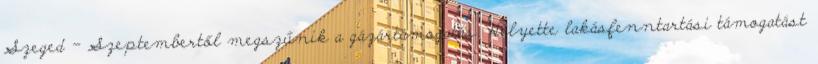
Szeged - Szeptembertől megszűnik a gázártámogatás. Helyette lakásfenntartási támogatást